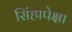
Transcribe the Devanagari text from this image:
सिंहापेक्षा